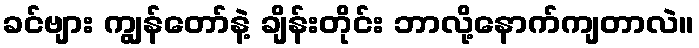
ခင်ဗျား ကျွန်တော်နဲ့ ချိန်းတိုင်း ဘာလို့နောက်ကျတာလဲ။